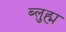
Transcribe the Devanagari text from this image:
ब्लुह्म